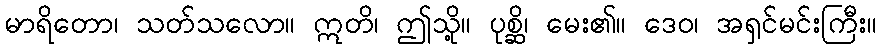
မာရိတော၊ သတ်သလော။ ဣတိ၊ ဤသို့။ ပုစ္ဆိ၊ မေး၏။ ဒေဝ၊ အရှင်မင်းကြီး။